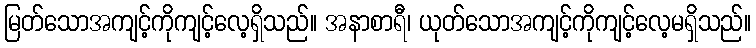
မြတ်သောအကျင့်ကိုကျင့်လေ့ရှိသည်။ အနာစာရီ၊ ယုတ်သောအကျင့်ကိုကျင့်လေ့မရှိသည်။